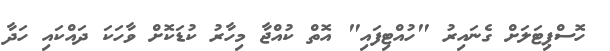
ހޮސްޕިޓަލަށް ގެނައިރު "ހުއްޓިފައި" އޮތް ކުއްޖާ މިހާރު ކުޑަކޮށް ވާހަކަ ދައްކައި ހަދާ